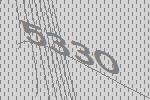
5330